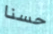
حسنا